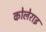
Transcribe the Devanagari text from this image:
कोलेराइ